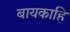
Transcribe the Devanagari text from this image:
बायकाहि